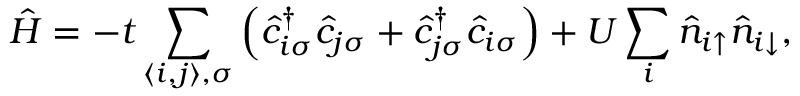
\hat { H } = - t \sum _ { \langle i , j \rangle , \sigma } \left( \hat { c } _ { i \sigma } ^ { \dagger } \hat { c } _ { j \sigma } + \hat { c } _ { j \sigma } ^ { \dagger } \hat { c } _ { i \sigma } \right) + U \sum _ { i } \hat { n } _ { i { \uparrow } } \hat { n } _ { i { \downarrow } } ,